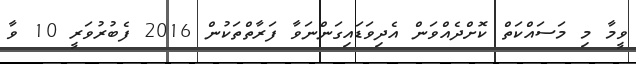
ވީމާ މި މަސައްކަތް ކޮށްދެއްވަން އެދިވަޑައިގަންނަވާ ފަރާތްތަކުން 2016 ފެބުރުވަރީ 10 ވާ